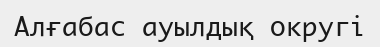
Алғабас ауылдық округі